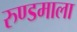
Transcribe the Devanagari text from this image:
रुण्डमाला